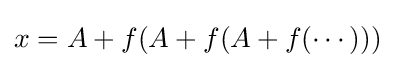
x=A+f(A+f(A+f(\cdots )))